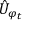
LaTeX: { \hat { U } } _ { \varphi _ { t } }